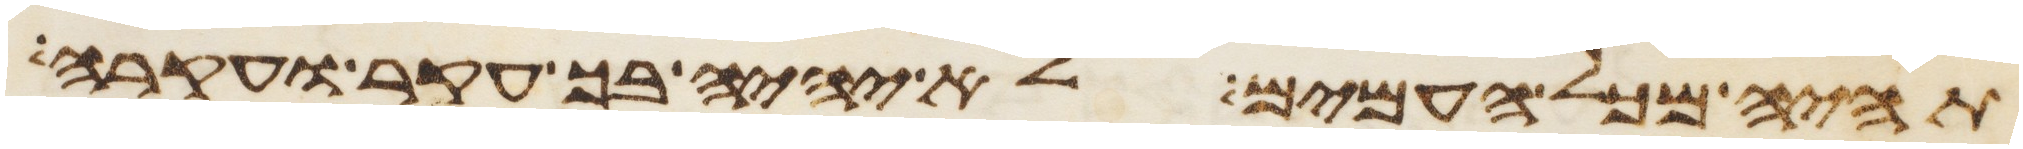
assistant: תהיה מכל העמים לא יהיה בך עקר ועקרה